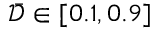
\bar { \mathcal { D } } \in [ 0 . 1 , 0 . 9 ]